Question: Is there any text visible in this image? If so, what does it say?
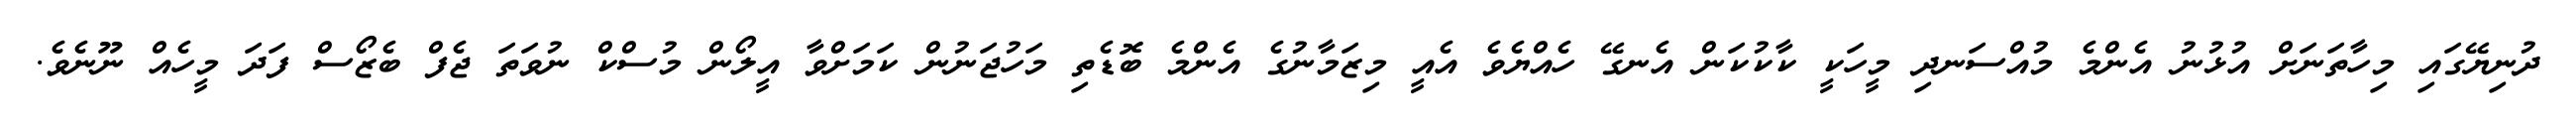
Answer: ދުނިޔޭގައި މިހާތަނަށް އުޅުނު އެންމެ މުއްސަނދި މީހަކީ ކާކުކަން އެނގޭ ހެއްޔެވެ އެއީ މިޒަމާނުގެ އެންމެ ބޮޑެތި މަހުޖަނުން ކަމަށްވާ އީލޯން މުސްކް ނުވަތަ ޖެފް ބެޒޯސް ފަދަ މީހެއް ނޫނެވެ.